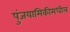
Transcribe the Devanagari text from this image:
पुंजयामिकीमधील